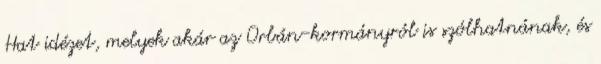
Hat idézet, melyek akár az Orbán-kormányról is szólhatnának, és